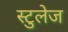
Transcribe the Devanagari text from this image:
स्टुलेज